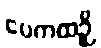
ပေကထဉှိ